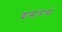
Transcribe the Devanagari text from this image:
शाखांमध्या